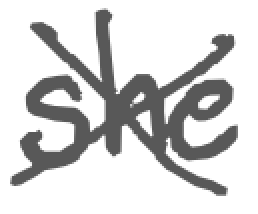
Text: she
Cross-out: cross
Writing tool: digital_gray